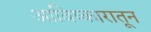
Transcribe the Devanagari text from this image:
आविष्कारातून